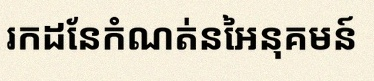
រកដែនកំណត់នៃអនុគមន៍